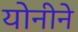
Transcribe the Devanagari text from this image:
योनीने